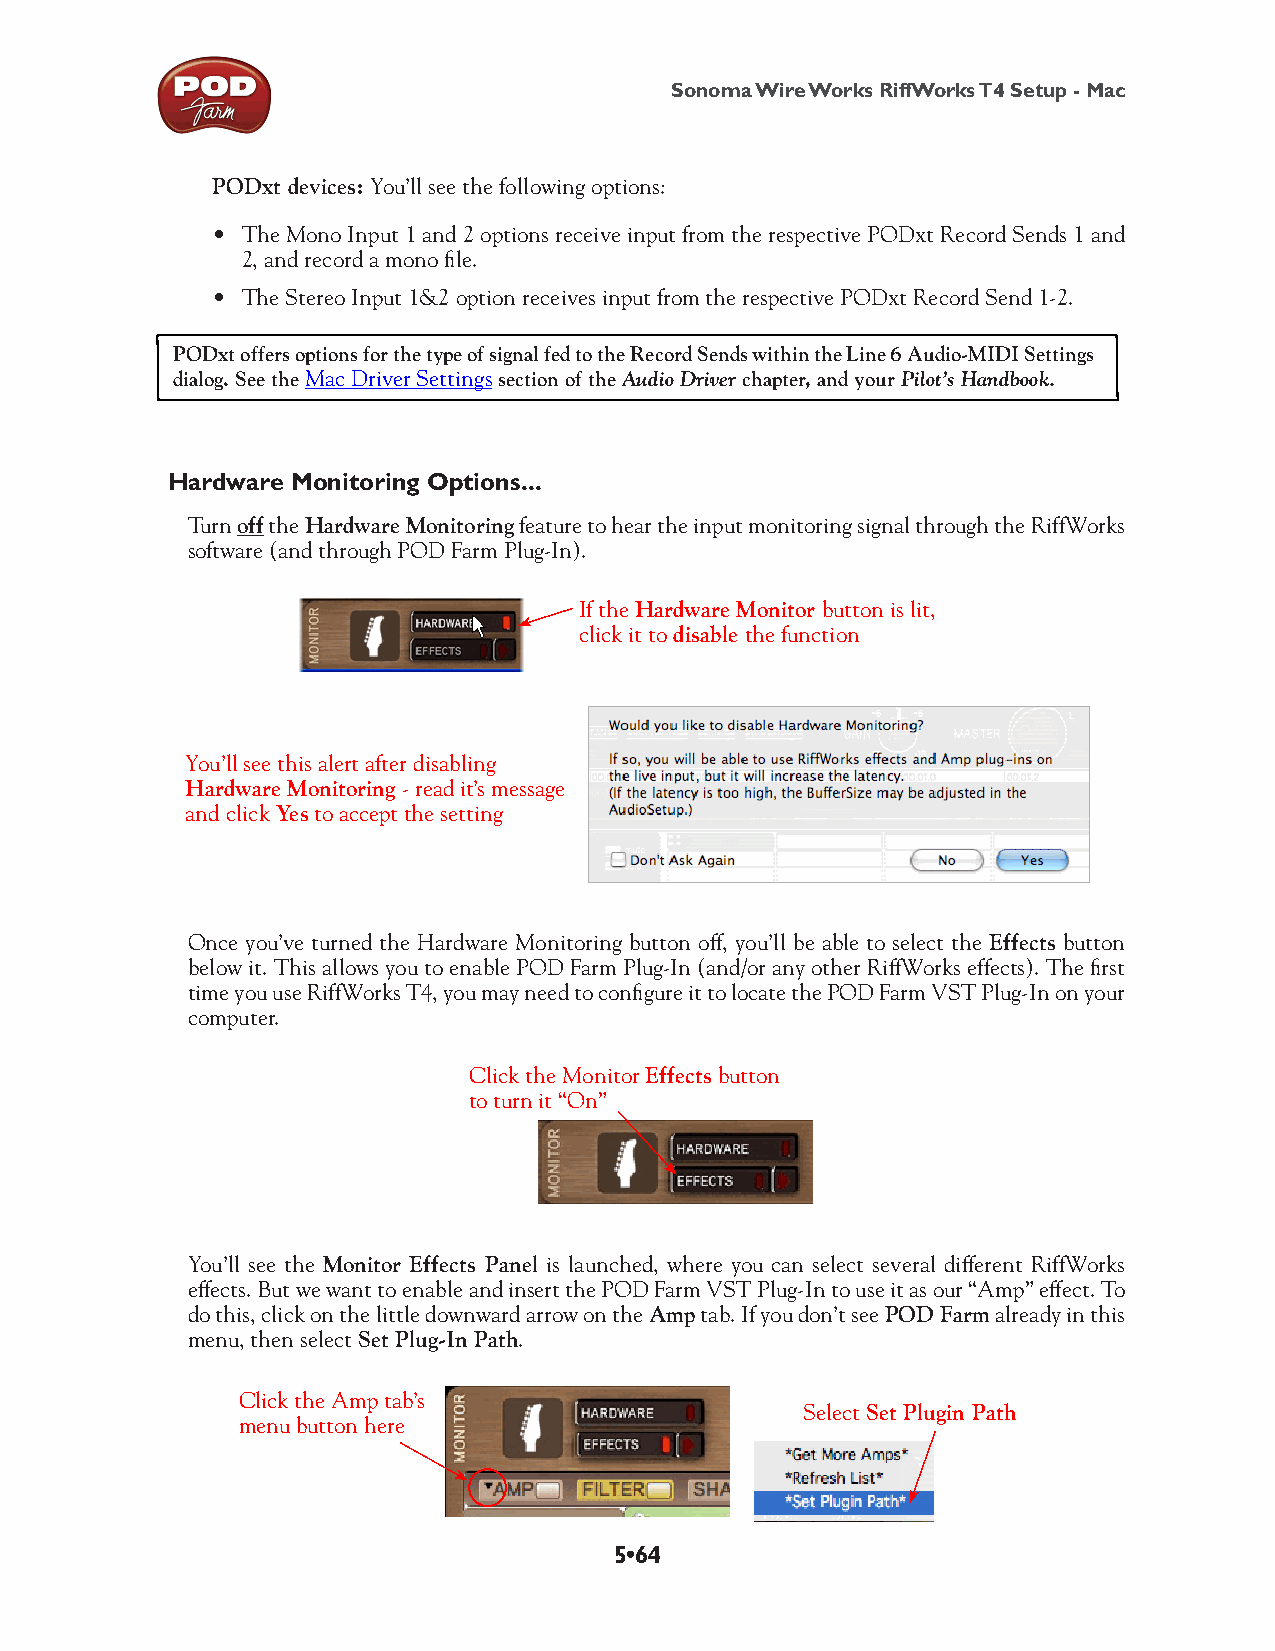
Sonoma Wire Works RiffWorks T4 Setup - Mac
 PODxt devices: You’ll see the following options:
 • The Mono Input 1 and 2 options receive input from the respective PODxt Record Sends 1 and
 2, and record a mono file.
 • The Stereo Input 1&2 option receives input from the respective PODxt Record Send 1-2.
 PODxt offers options for the type of signal fed to the Record Sends within the Line 6 Audio-MIDI Settings
 dialog. See the Mac Driver Settings section of the Audio Driver chapter, and your Pilot’s Handbook.
 Hardware Monitoring Options...
 Turn off the Hardware Monitoring feature to hear the input monitoring signal through the RiffWorks
 software (and through POD Farm Plug-In).
 If the Hardware Monitor button is lit,
 click it to disable the function
 You’ll see this alert after disabling
 Hardware Monitoring - read it’s message
 and click Yes to accept the setting
 Once you’ve turned the Hardware Monitoring button off, you’ll be able to select the Effects button
 below it. This allows you to enable POD Farm Plug-In (and/or any other RiffWorks effects). The first
 time you use RiffWorks T4, you may need to configure it to locate the POD Farm VST Plug-In on your
 computer.
 Click the Monitor Effects button
 to turn it “On”
 You’ll see the Monitor Effects Panel is launched, where you can select several different RiffWorks
 effects. But we want to enable and insert the POD Farm VST Plug-In to use it as our “Amp” effect. To
 do this, click on the little downward arrow on the Amp tab. If you don’t see POD Farm already in this
 menu, then select Set Plug-In Path.
 Click the Amp tab’s
 Select Set Plugin Path
 menu button here
 5•64